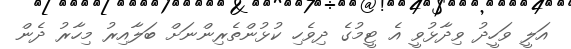
އަލީ ވަހީދު ވިދާޅުވީ އެ ޓީމުގެ ދިވެހި ކުޅުންތެރިންނަށް ބަލާއިރު މިހާރު ދެން